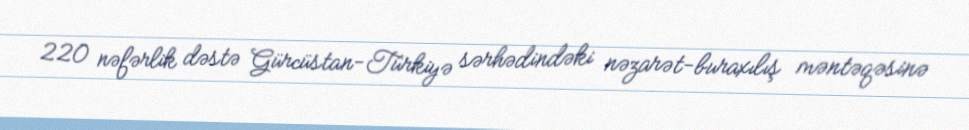
220 nəfərlik dəstə Gürcüstan-Türkiyə sərhədindəki nəzarət-buraxılış məntəqəsinə